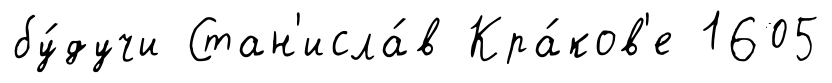
бу́дучи Стан'исла́в Кра́ков'е 1605